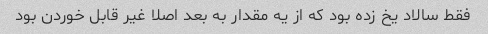
فقط سالاد یخ زده بود که از یه مقدار به بعد اصلا غیر قابل خوردن بود